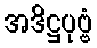
အဒိဋ္ဌပုဗ္ဗံ